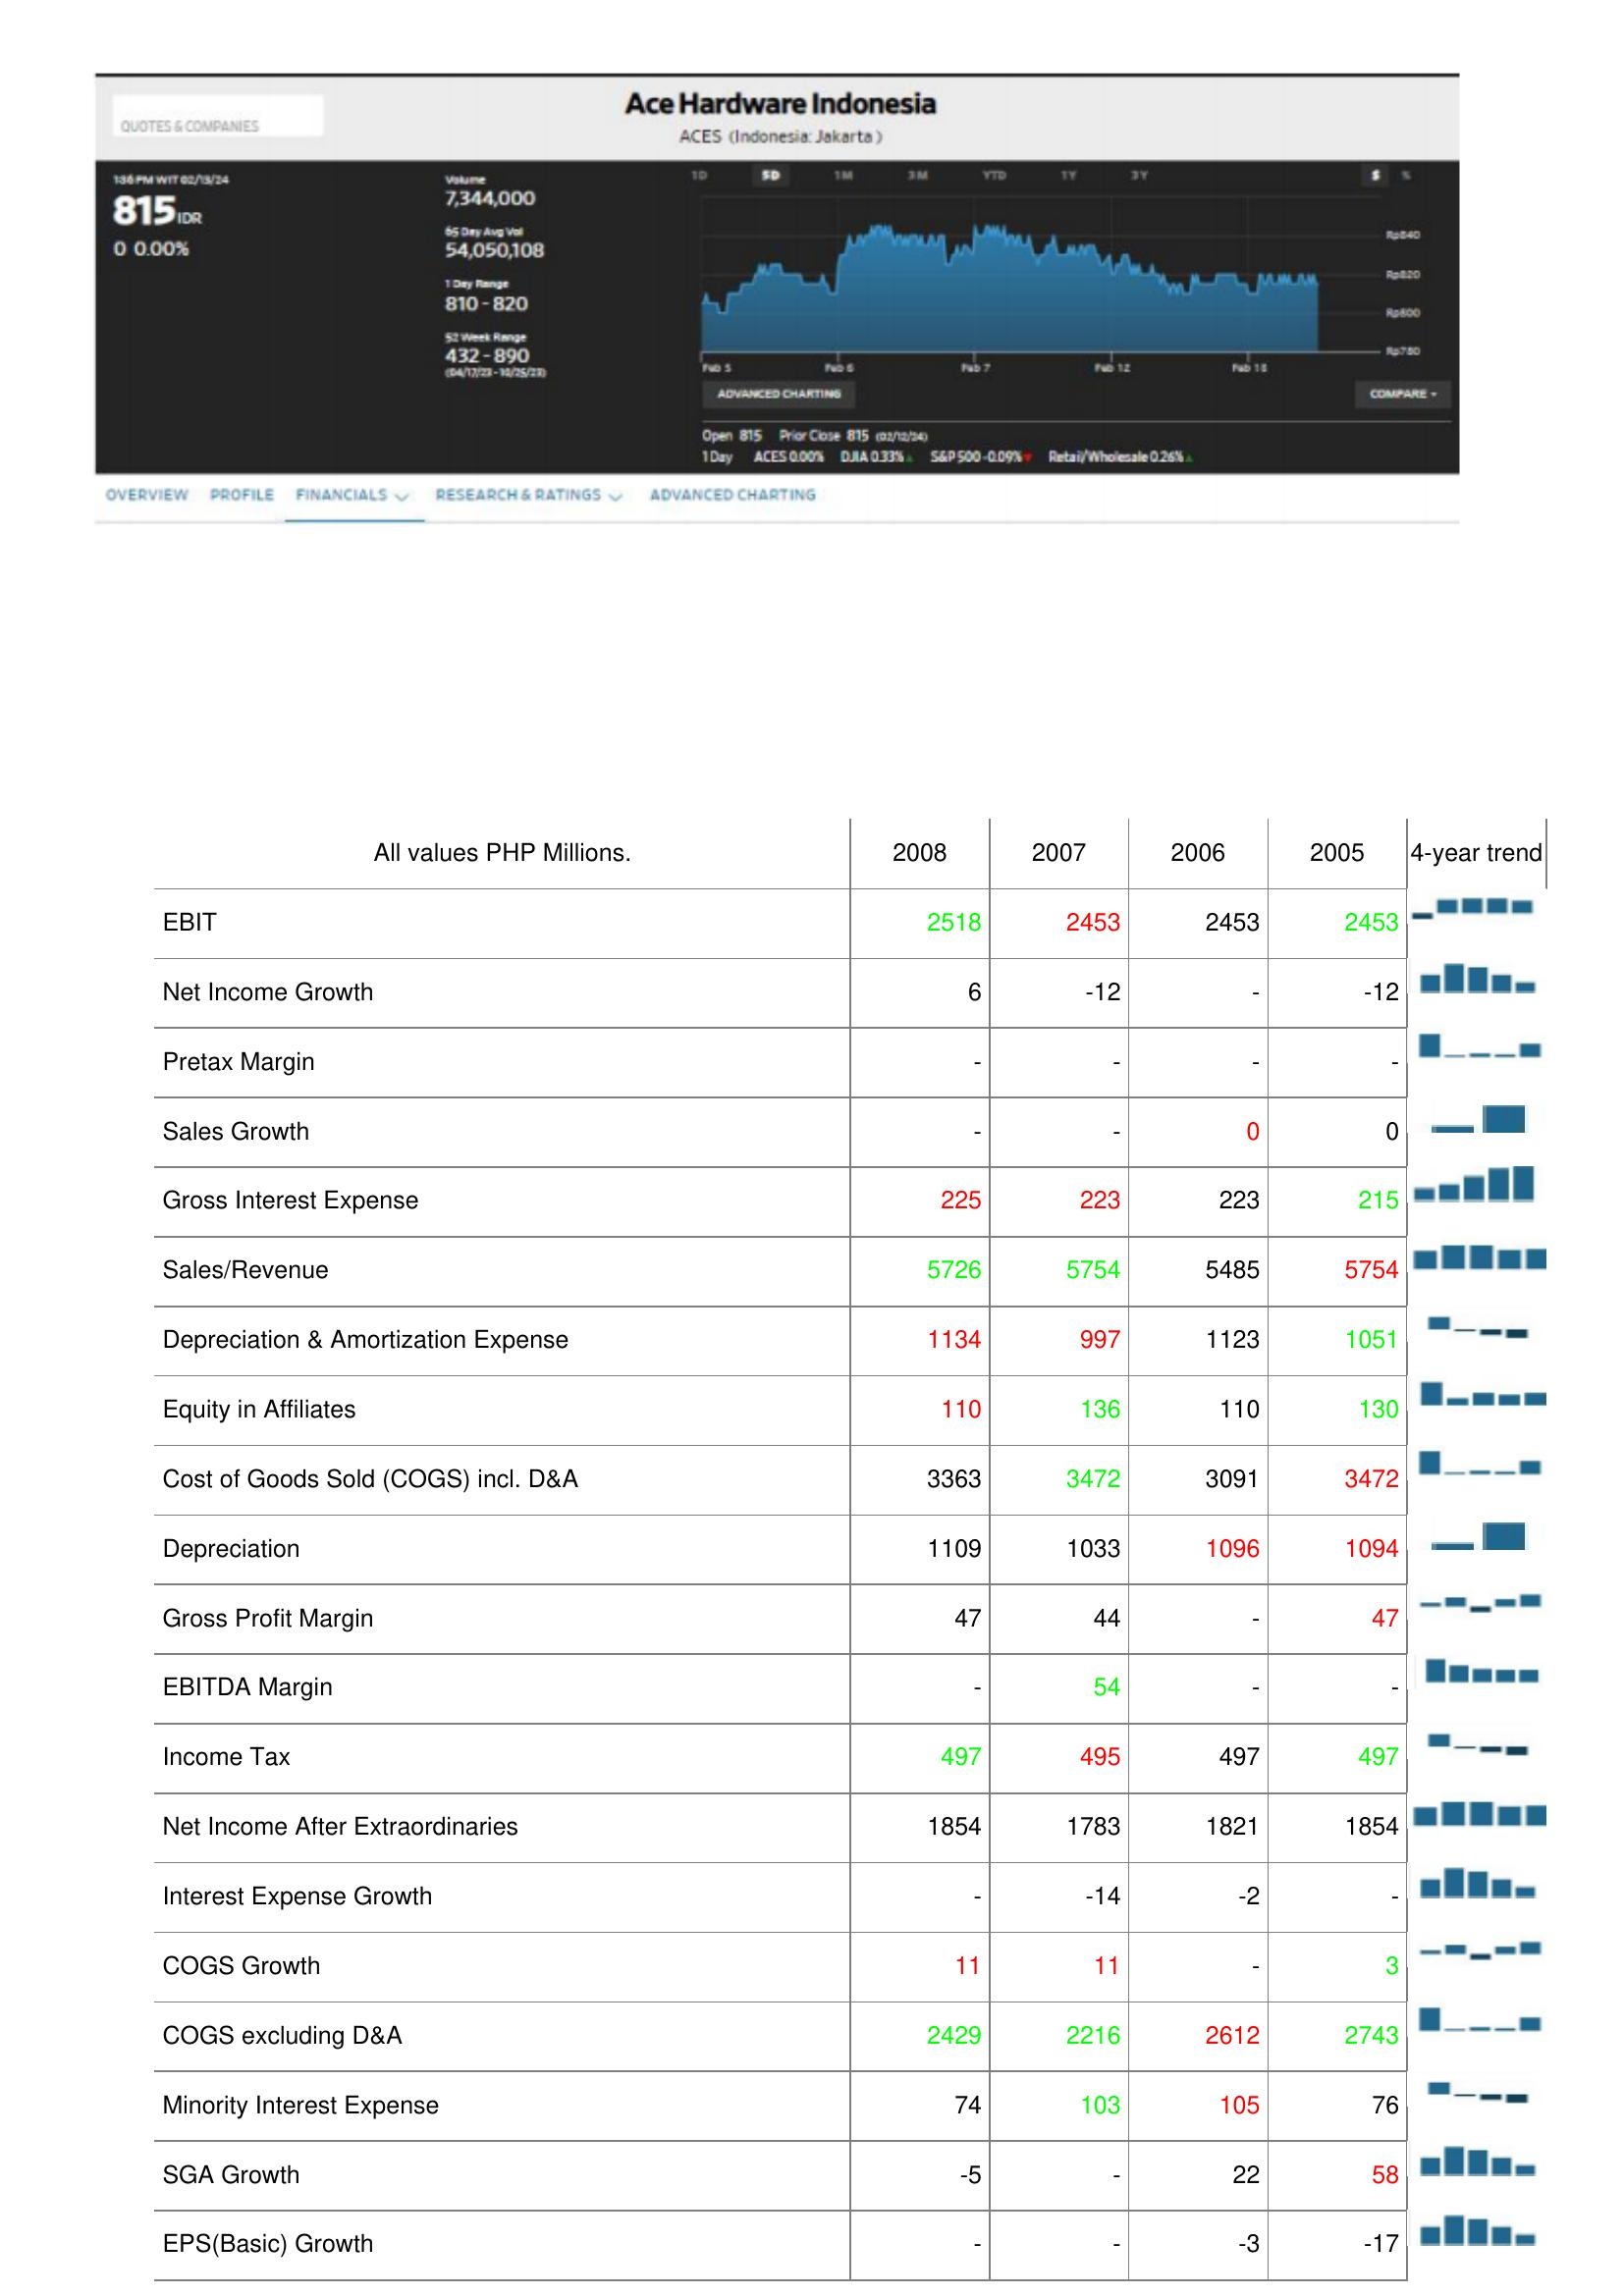
2008: : EBIT: 2518
Net Income Growth: 6
Pretax Margin: -
Sales Growth: -
Gross Interest Expense: 225
Sales/Revenue: 5726
Depreciation & Amortization Expense: 1134
Equity in Affiliates: 110
Cost of Goods Sold (COGS) incl. D&A: 3363
Depreciation: 1109
Gross Profit Margin: 47
EBITDA Margin: -
Income Tax: 497
Net Income After Extraordinaries: 1854
Interest Expense Growth: -
COGS Growth: 11
COGS excluding D&A: 2429
Minority Interest Expense: 74
SGA Growth: -5
EPS(Basic) Growth: -
2007: : EBIT: 2453
Net Income Growth: -12
Pretax Margin: -
Sales Growth: -
Gross Interest Expense: 223
Sales/Revenue: 5754
Depreciation & Amortization Expense: 997
Equity in Affiliates: 136
Cost of Goods Sold (COGS) incl. D&A: 3472
Depreciation: 1033
Gross Profit Margin: 44
EBITDA Margin: 54
Income Tax: 495
Net Income After Extraordinaries: 1783
Interest Expense Growth: -14
COGS Growth: 11
COGS excluding D&A: 2216
Minority Interest Expense: 103
SGA Growth: -
EPS(Basic) Growth: -
2006: : EBIT: 2453
Net Income Growth: -
Pretax Margin: -
Sales Growth: 0
Gross Interest Expense: 223
Sales/Revenue: 5485
Depreciation & Amortization Expense: 1123
Equity in Affiliates: 110
Cost of Goods Sold (COGS) incl. D&A: 3091
Depreciation: 1096
Gross Profit Margin: -
EBITDA Margin: -
Income Tax: 497
Net Income After Extraordinaries: 1821
Interest Expense Growth: -2
COGS Growth: -
COGS excluding D&A: 2612
Minority Interest Expense: 105
SGA Growth: 22
EPS(Basic) Growth: -3
2005: : EBIT: 2453
Net Income Growth: -12
Pretax Margin: -
Sales Growth: 0
Gross Interest Expense: 215
Sales/Revenue: 5754
Depreciation & Amortization Expense: 1051
Equity in Affiliates: 130
Cost of Goods Sold (COGS) incl. D&A: 3472
Depreciation: 1094
Gross Profit Margin: 47
EBITDA Margin: -
Income Tax: 497
Net Income After Extraordinaries: 1854
Interest Expense Growth: -
COGS Growth: 3
COGS excluding D&A: 2743
Minority Interest Expense: 76
SGA Growth: 58
EPS(Basic) Growth: -17